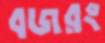
বজরং